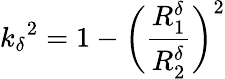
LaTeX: {k_{\delta}}^{2}=1-\bigg(\frac{R_{1}^{\delta}}{R_{2}^{\delta}}\bigg)^{2}